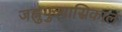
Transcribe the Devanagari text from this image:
जह्नुपुत्र्यास्रिकालं